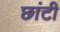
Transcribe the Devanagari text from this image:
छांटी